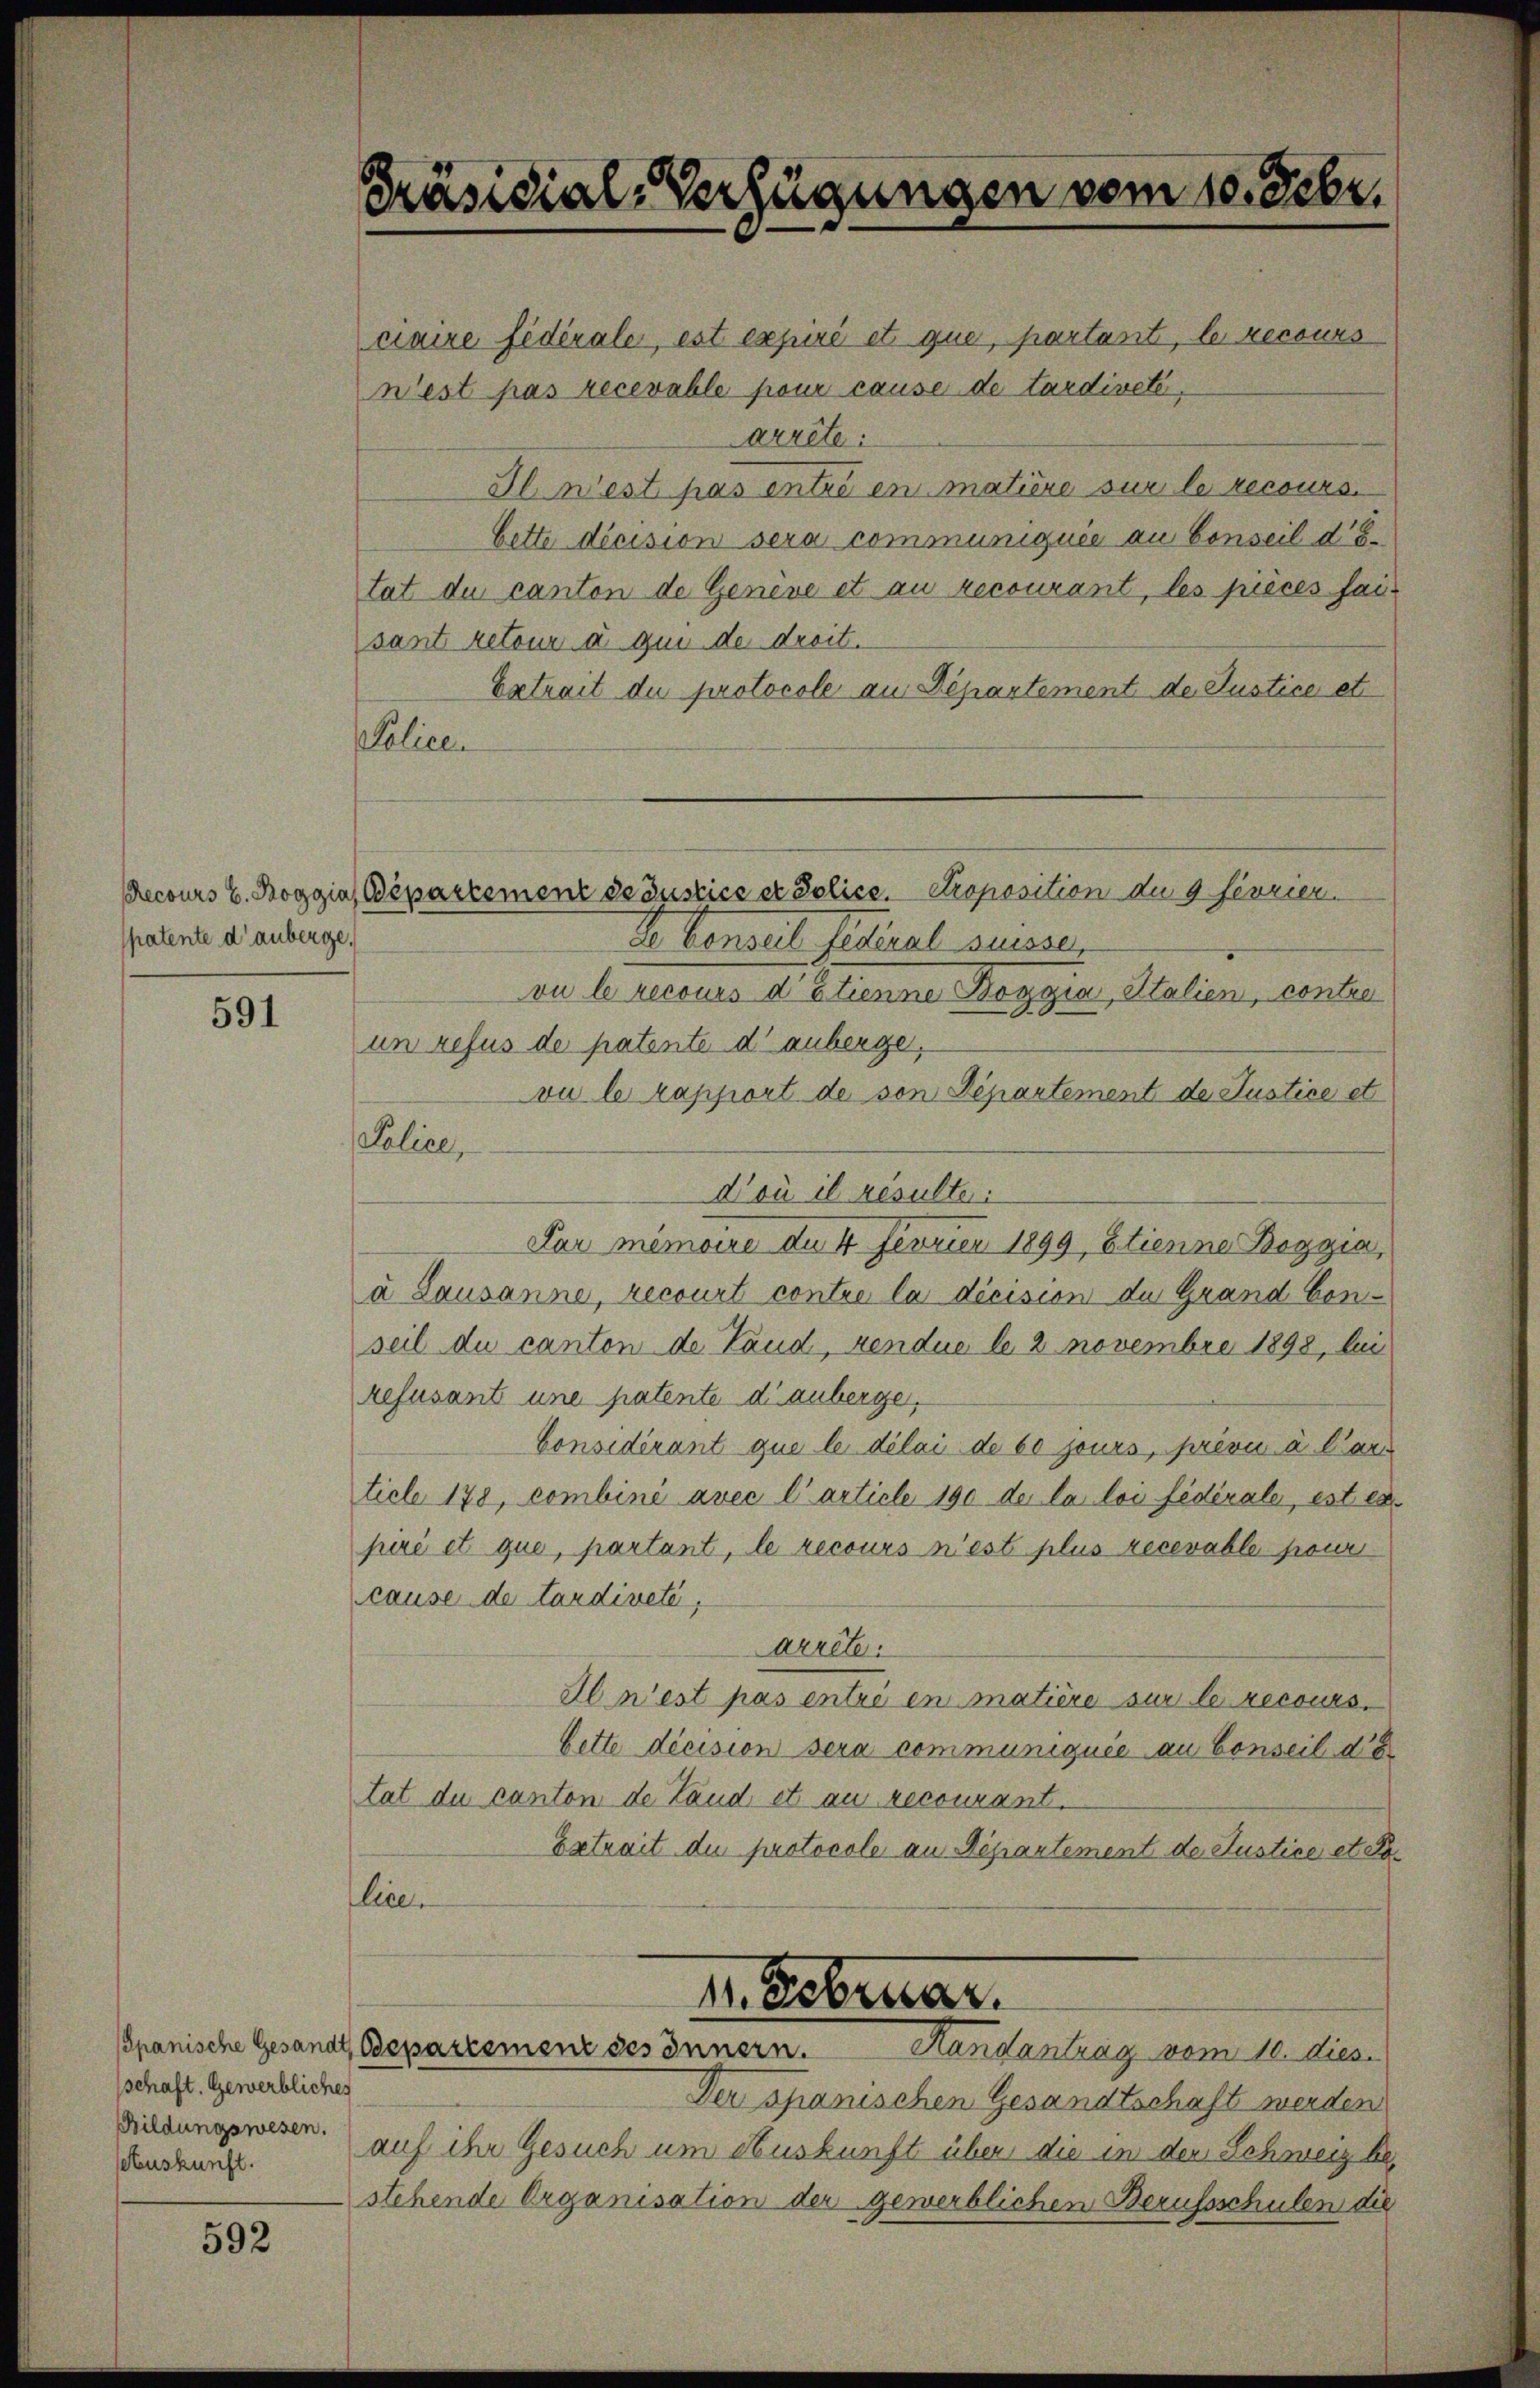
Recours E. Boggia,
patente d’anberge,

591

schaft. Gewerbliches
eAuskunft.

592

Policen

Präsidial-Verfügungen vom 10. Febr.

Bepartement de Justice er Police Proposition der 9 février.

ciaire fédérale, est expiré et que, partant, le recours
W’est pas recevable pour cause de tardiveté,
arrête:
Il n’est pas entré en matière sur le recours.
bette décision sera communiquée au Conseil detat du canton de Genève et au recourant, les pièces faisant retour a qui der droit.
Extrait du protocole aus Departement de Justice et
Ie Censeil fédéral susser
vu le recours d’Etienne Boggia, Italien, contre
un refus de patente di anberge,
vu le rapport de son Departement de Justice et
Police,
Doù il résulter.
Par memoire an 4 Fevrien 1899, Etienne Boggia,
u Lausanne, recourt contre la décision der Grand Conseil du canton de Land, vendue le 2 novembre 1898, bei
refüsant une patente di anberge,
Considérant que le délai de 60 jours, prévu à l’art
ticle 178, combini avec l’article 190 der la loi fédérale, est es
piri et que, partant, le recours n’est plus recevable pour
cause de tardireté,
Arrete.
Ie n’est pas entré en matière sur le recours.
bette décision sera communiquée au Conseil de
tat du canton de Land et au recourant.
Extrait du protocole an Departement der Justice et. Da
lice
1. Februar.
Spanische Gesandt, Departement des Innern.
Randantrag vom 10. dies
Der Spanischen Gesandtschaft werden
Sieldungswesen. auf ihr Gesuch um Auskunft über die in den Schweiz be-
stehende Organisation der gewerblichen Berufsschulen die